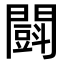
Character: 𨶜